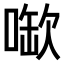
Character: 𫫉